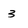
Character: 3